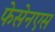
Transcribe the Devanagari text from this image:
फेसेनएस